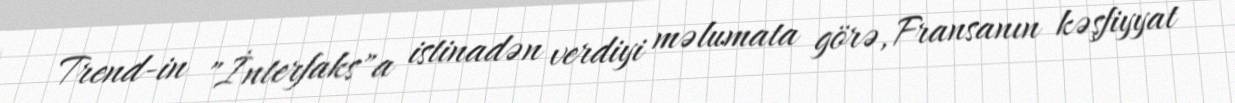
Trend-in "İnterfaks"a istinadən verdiyi məlumata görə, Fransanın kəşfiyyat